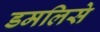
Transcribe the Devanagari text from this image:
डमलिसे